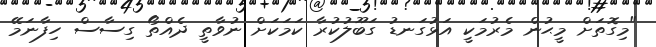
"މިގޮތަށް މީޙުން މެރުމަކީ އަޅުގަނޑު ގަބޫލުކުރާ ކަމަކަށް ނުވާތީ ދެއްތޯ ގިސާސް ހިފާނަމޭ